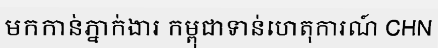
មកកាន់ភ្នាក់ងារ កម្ពុជាទាន់ហេតុការណ៍ CHN